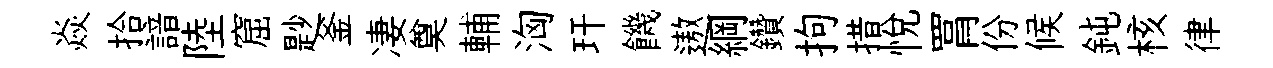
焱拾諳陸窟尟釜凄奠輔洶玕饑遨綱鑽拘措悅罥份候鈍核律